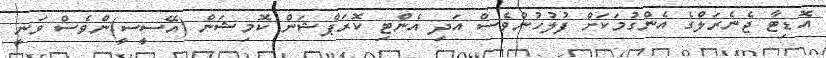
އޮޑިޓާ ޖެނެރަލްގެ އެންގުމަކަށް ފުލުހުންވެސް އަދި އެންޓި ކޮރަޕްޝަން ކޮމިޝަން (އޭސީސީ)ންވެސް ވަނީ